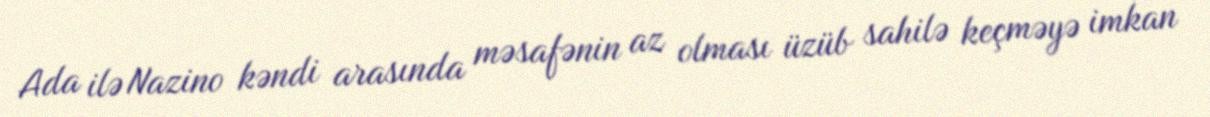
Ada ilə Nazino kəndi arasında məsafənin az olması üzüb sahilə keçməyə imkan